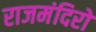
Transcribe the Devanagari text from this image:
राजमंदिरों